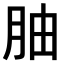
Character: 𫆚